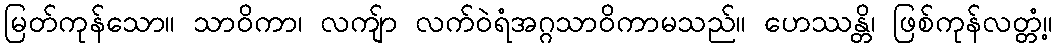
မြတ်ကုန်သော။ သာဝိကာ၊ လကျ်ာ လက်ဝဲရံအဂ္ဂသာဝိကာမသည်။ ဟေဿန္တိ၊ ဖြစ်ကုန်လတ္တံ့။